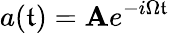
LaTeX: a(\mathfrak{t})=\mathbf{A}e^{-i\Omega\mathfrak{t}}